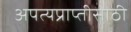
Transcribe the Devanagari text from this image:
अपत्यप्राप्तीसाठी